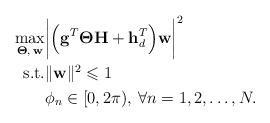
LaTeX: \begin{align*}\begin{aligned} \max_{\boldsymbol{\Theta},\:\mathbf{w}}& \biggl|\Bigl(\mathbf{g}^T \boldsymbol{\Theta} \mathbf{H} +\mathbf{h}_d^T\Bigr)\mathbf{w}\biggr|^2\\\textrm{s.t.} & \|\mathbf{w}\|^2\leqslant 1\\ & \phi_n\in [0,2\pi), \: \forall n=1,2,\ldots,N.\end{aligned}\end{align*}